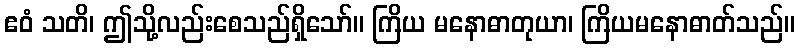
ဧဝံ သတိ၊ ဤသို့လည်းစေသည်ရှိသော်။ ကြိယ မနောဓာတုယာ၊ ကြိယမနောဓာတ်သည်။